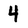
Character: 4